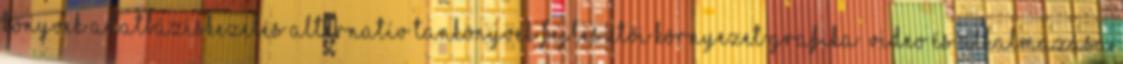
könyvek Adatbáziskezelés Alternatív tankönyvek Fejlesztői környezet Grafika video és alkalmazása